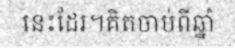
នេះដែរ។គិតចាប់ពីឆ្នាំ